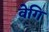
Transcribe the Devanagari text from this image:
वेगि